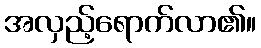
အလှည့်ရောက်လာ၏။